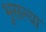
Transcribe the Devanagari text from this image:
भुसल्या